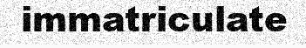
immatriculate